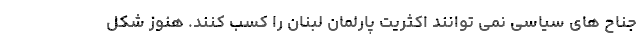
جناح های سیاسی نمی توانند اکثریت پارلمان لبنان را کسب کنند. هنوز شکل